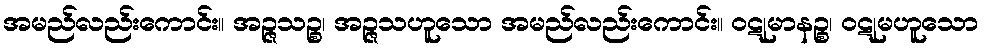
အမည်လည်းကောင်း။ အဉ္ဇသဉ္စ၊ အဉ္ဇသဟူသော အမည်လည်းကောင်း။ ဝဋုမာနဉ္စ၊ ဝဋုမဟူသော